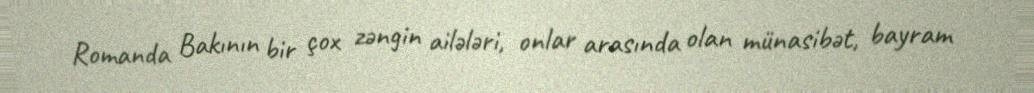
Romanda Bakının bir çox zəngin ailələri, onlar arasında olan münasibət, bayram